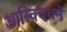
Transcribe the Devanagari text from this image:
आस्क्विथने